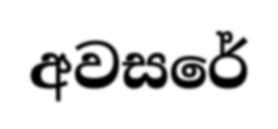
අවසරේ